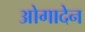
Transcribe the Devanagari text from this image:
ओगादेन